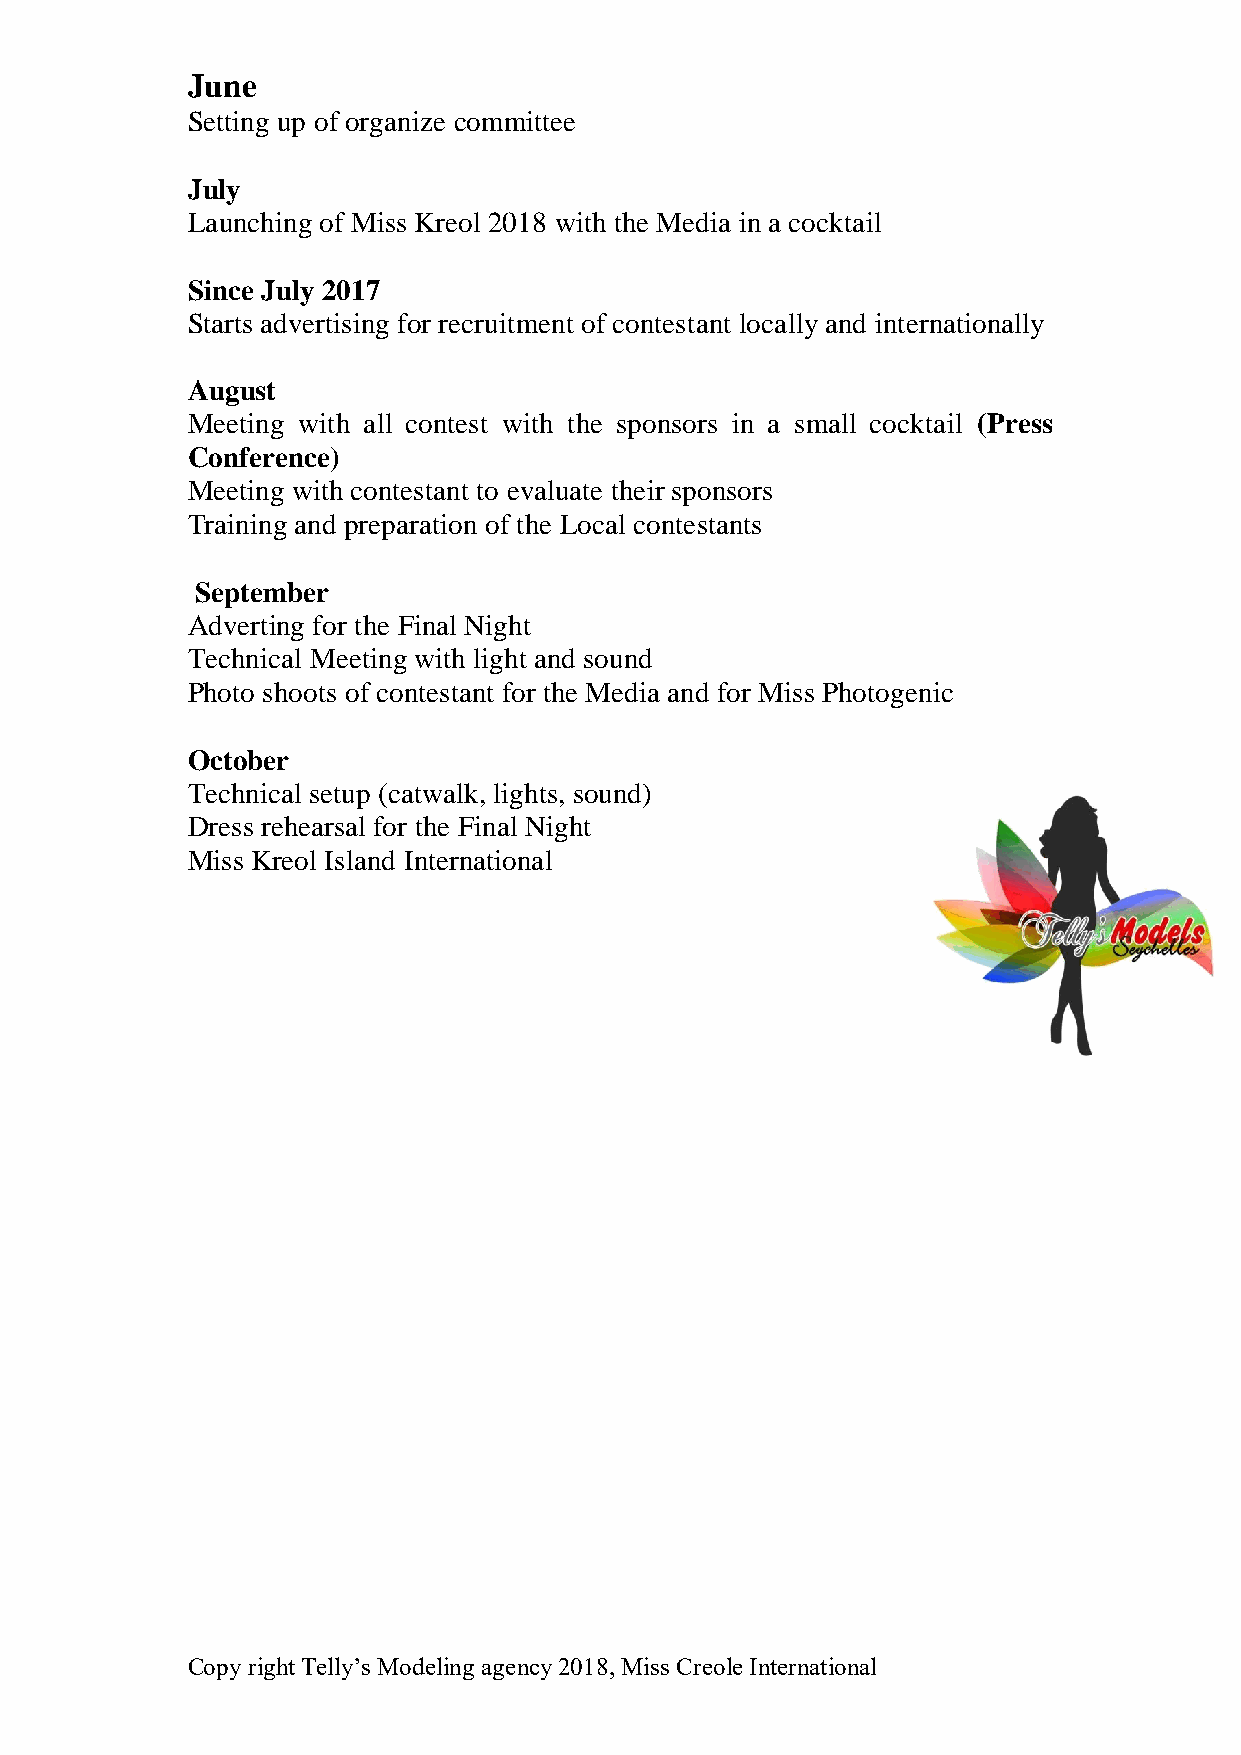
June
 Setting up of organize committee
 July
 Launching of Miss Kreol 2018 with the Media in a cocktail
 Since July 2017
 Starts advertising for recruitment of contestant locally and internationally
 August
 Meeting with all contest with the sponsors in a small cocktail (Press
 Conference)
 Meeting with contestant to evaluate their sponsors
 Training and preparation of the Local contestants
 September
 Adverting for the Final Night
 Technical Meeting with light and sound
 Photo shoots of contestant for the Media and for Miss Photogenic
 October
 Technical setup (catwalk, lights, sound)
 Dress rehearsal for the Final Night
 Miss Kreol Island International
 Copy right Telly’s Modeling agency 2018, Miss Creole International